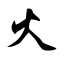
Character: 火